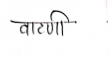
मजकूर: वाटणी